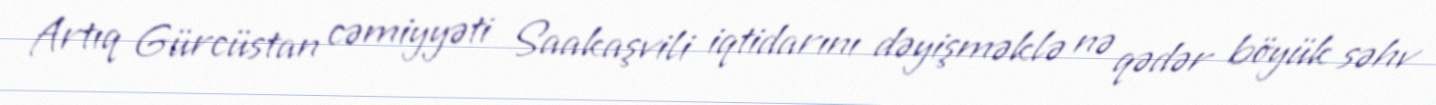
Artıq Gürcüstan cəmiyyəti Saakaşvili iqtidarını dəyişməklə nə qədər böyük səhv